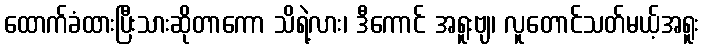
ထောက်ခံထားပြီးသားဆိုတာကော သိရဲ့လား၊ ဒီကောင် အရူးဗျ၊ လူတောင်သတ်မယ့်အရူး